FBI Photo B13
Agency: FBI
Incident date: Late 2025
Incident location: Western United States
Page 1
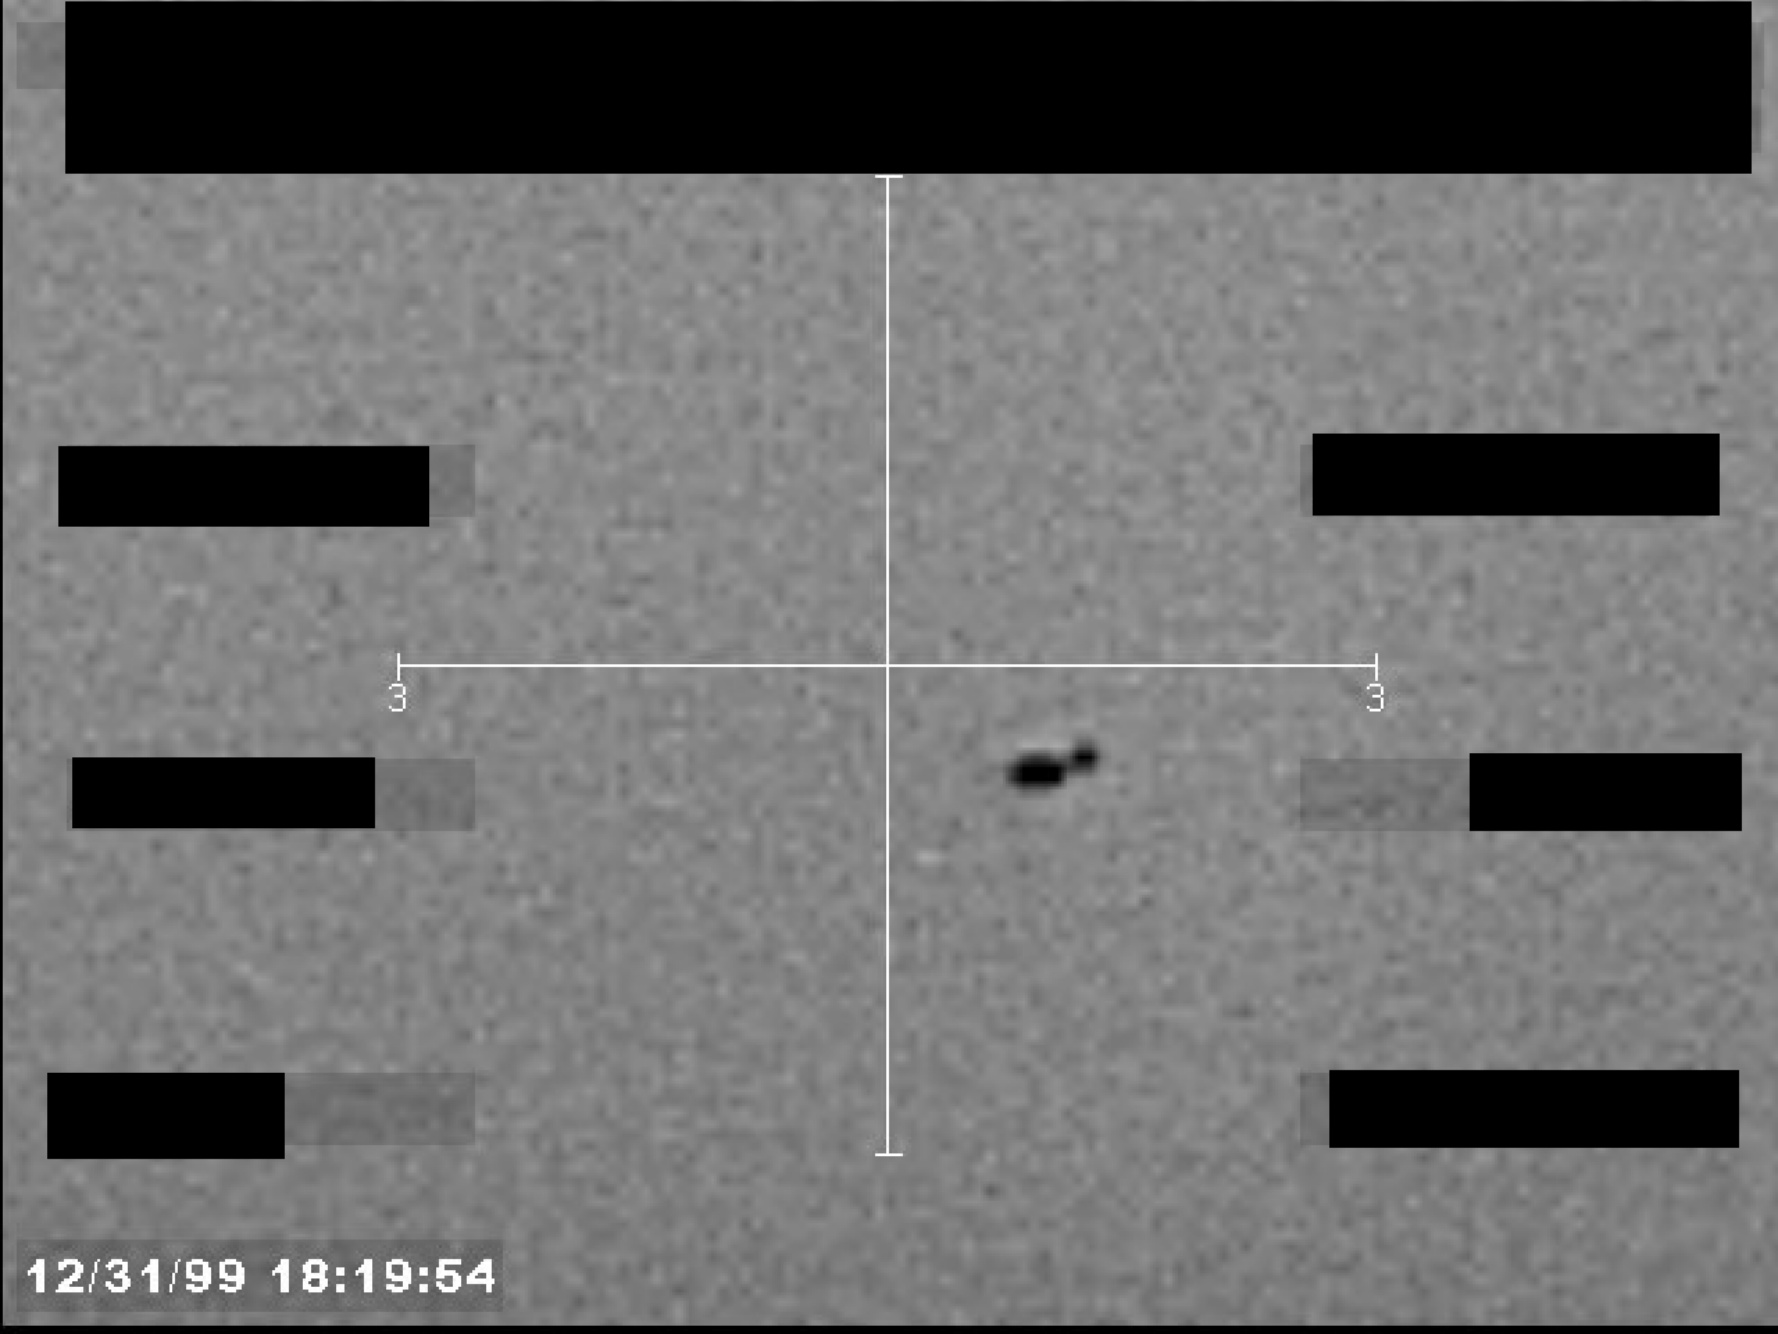